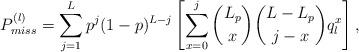
LaTeX: \begin{align*}P_{miss}^{(l)} = \sum_{j = 1}^{L} p^{j}(1-p)^{L-j} \left[\sum_{x = 0}^{j} {L_{p} \choose x} {L - L_{p} \choose j - x} q_{l}^{x}\right],\end{align*}